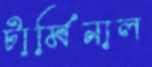
টার্মিনাল